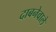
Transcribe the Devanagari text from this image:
दाबनेवाले